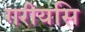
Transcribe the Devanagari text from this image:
गरीयसि